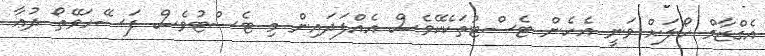
އެގްޒާމް ހޯލަށް ވަނީ އެހެން ޓެސްޓުތަކެކޭވެސް އެއްފަދައިން މި ޓެސްޓުވެސް ފަސޭހަވޭތޯ ދުޢާ